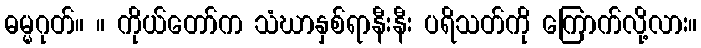
ဓမ္မဂုတ်။ ။ ကိုယ်တော်က သံဃာနှစ်ရာနီးနီး ပရိသတ်ကို ကြောက်လို့လား။